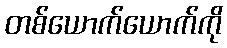
တစ်ယောက်ယောက်ကို